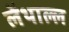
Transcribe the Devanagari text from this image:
लेंथाल्ल